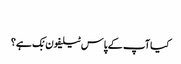
‬
‫کیا آپ کے پاس ٹیلیفون بْک ہے؟